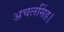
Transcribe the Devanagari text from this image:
अचलसिंह।